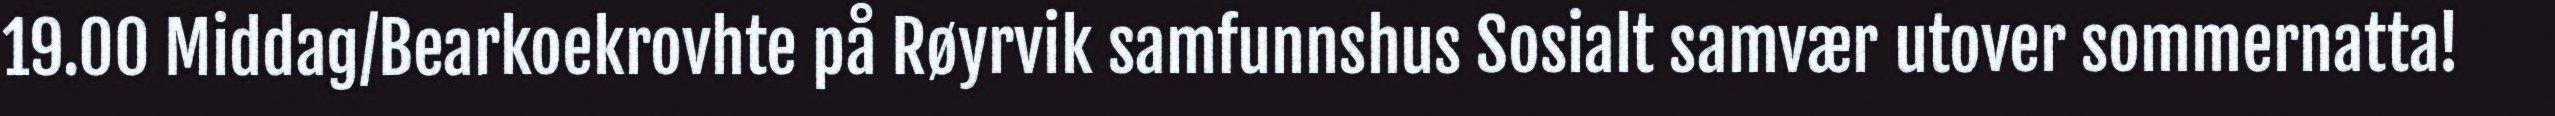
19.00 Middag/Bearkoekrovhte på Røyrvik samfunnshus Sosialt samvær utover sommernatta!